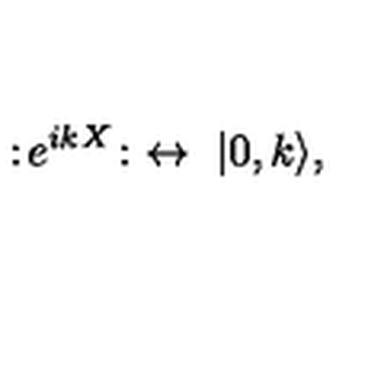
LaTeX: : \! e ^ { i k X } \! : \ \leftrightarrow \ | 0 , k \rangle ,